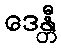
ဒေန္တီ